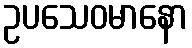
ဥပသေဝမာနော